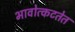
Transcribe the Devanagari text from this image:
भावोत्कटतेत